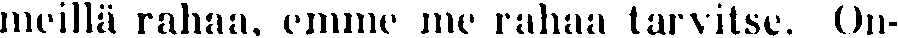
meillä rahaa, emme me rahaa tarvitse. On-